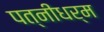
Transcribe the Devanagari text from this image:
पत्‍नीधर्म